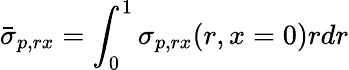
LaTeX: \bar{\sigma}_{p,rx}=\int_{0}^{1}\sigma_{p,rx}(r,x=0)rdr